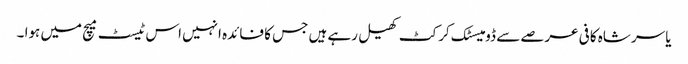
یاسر شاہ کافی عرصے سے ڈومیسٹک کرکٹ کھیل رہے ہیں جس کا فائدہ انہیں اس ٹیسٹ میچ میں ہوا ۔